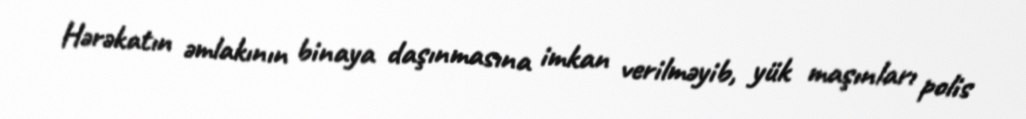
Hərəkatın əmlakının binaya daşınmasına imkan verilməyib, yük maşınları polis